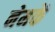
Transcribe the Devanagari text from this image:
नेमकें